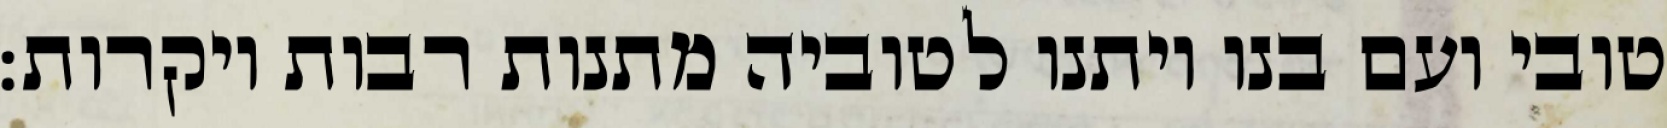
טובי ועם בנו ויתנו לטוביה מתנות רבות ויקרות: